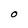
Character: O